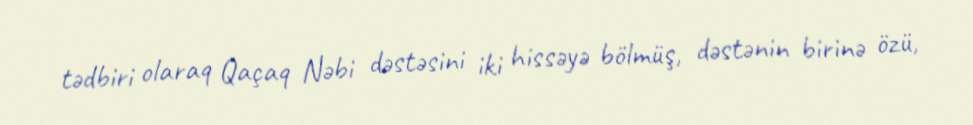
tədbiri olaraq Qaçaq Nəbi dəstəsini iki hissəyə bölmüş, dəstənin birinə özü,